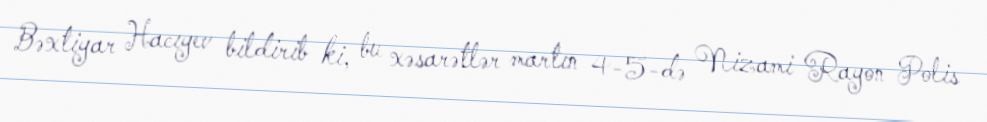
Bəxtiyar Hacıyev bildirib ki, bu xəsarətlər martın 4-5-də Nizami Rayon Polis